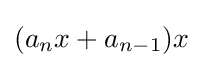
(a_{n}x+a_{n-1})x